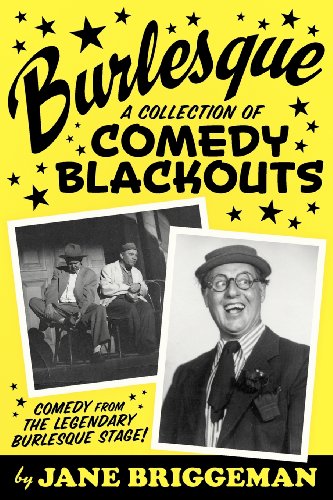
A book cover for BURLESQUE: A Collection of Comedy Blackouts; Biographies & Memoirs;